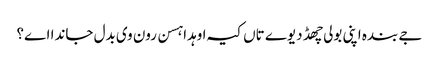
جے بندہ اپنی بولی چھڈ دیوے تاں کیہ اوہدا ہسن رون وی بدل جاندا اے؟